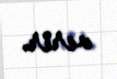
verir.